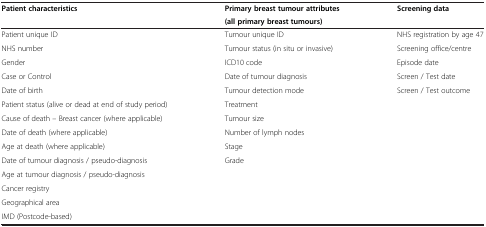
<table><thead><tr><td rowspan="2"><b>Patient characteristics</b></td><td><b>Primary breast tumour attributes</b></td><td rowspan="2"><b>Screening data</b></td></tr><tr><td><b>(all primary breast tumours)</b></td></tr></thead><tbody><tr><td>Patient unique ID</td><td>Tumour unique ID</td><td>NHS registration by age 47</td></tr><tr><td>NHS number</td><td>Tumour status (in situ or invasive)</td><td>Screening office/centre</td></tr><tr><td>Gender</td><td>ICD10 code</td><td>Episode date</td></tr><tr><td>Case or Control</td><td>Date of tumour diagnosis</td><td>Screen / Test date</td></tr><tr><td>Date of birth</td><td>Tumour detection mode</td><td>Screen / Test outcome</td></tr><tr><td>Patient status (alive or dead at end of study period)</td><td>Treatment</td><td> </td></tr><tr><td>Cause of death – Breast cancer (where applicable)</td><td>Tumour size</td><td> </td></tr><tr><td>Date of death (where applicable)</td><td>Number of lymph nodes</td><td> </td></tr><tr><td>Age at death (where applicable)</td><td>Stage</td><td> </td></tr><tr><td>Date of tumour diagnosis / pseudo-diagnosis</td><td>Grade</td><td> </td></tr><tr><td>Age at tumour diagnosis / pseudo-diagnosis</td><td> </td><td> </td></tr><tr><td>Cancer registry</td><td> </td><td> </td></tr><tr><td>Geographical area</td><td> </td><td> </td></tr><tr><td>IMD (Postcode-based)</td><td> </td><td> </td></tr></tbody></table>